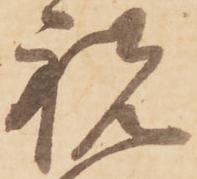
祝